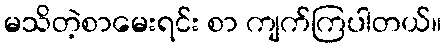
မသိတဲ့စာမေးရင်း စာ ကျက်ကြပါတယ်။